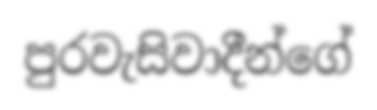
පුරවැසිවාදීන්ගේ